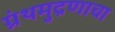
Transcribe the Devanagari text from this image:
ग्रंथमुद्रणाचा